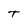
Character: T